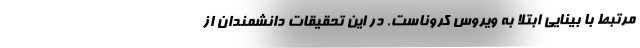
مرتبط با بینایی ابتلا به ویروس کروناست. در این تحقیقات دانشمندان از